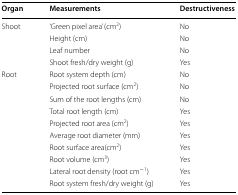
| Organ | Measurements | Destructiveness |
 | --- | --- | --- |
 | <ROWSPAN=4> Shoot | ‘Green pixel area’ (cm2) | No |
 | Height (cm) | No |
 | Leaf number | No |
 | Shoot fresh/dry weight (g) | Yes |
 | <ROWSPAN=10> Root | Root system depth (cm) | No |
 | Projected root surface (cm2) | No |
 | Sum of the root lengths (cm) | No |
 | Total root length (cm) | Yes |
 | Projected root area (cm2) | Yes |
 | Average root diameter (mm) | Yes |
 | Root surface area(cm2) | Yes |
 | Root volume (cm3) | Yes |
 | Lateral root density (root cm−1) | Yes |
 | Root system fresh/dry weight (g) | Yes |